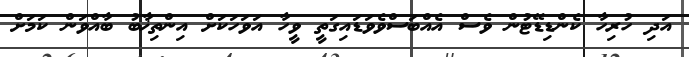
އަދި ހުރިހާ ކެންޑިޑޭޓުން ވެސް އެއްބަސްވެވަޑައިގަތީ ވީހާ އަވަހަކަށް އިންތިޚާބު ބާއްވަން ކަމަށް